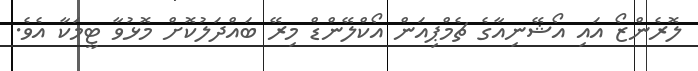
ލޮރެންޒޯ އައި އޯޝޭނިއާގެ ޗެމްޕިއަން އޯކްލޭންޑް މިރޭ ބައްދަލުކޮށް މޮޅުވާ ޓީމަކާ އެވެ.